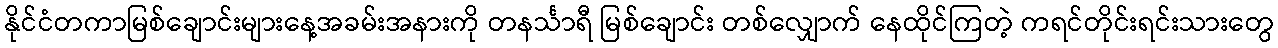
နိုင်ငံတကာမြစ်ချောင်းများနေ့အခမ်းအနားကို တနင်္သာရီ မြစ်ချောင်း တစ်လျှောက် နေထိုင်ကြတဲ့ ကရင်တိုင်းရင်းသားတွေ